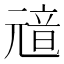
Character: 𩐘